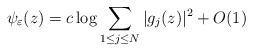
LaTeX: \begin{align*}\psi_{\varepsilon}(z)=c\log \sum _{1\leq j\leq N}|g_j(z)|^2+O(1)\end{align*}